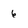
Character: 6